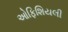
ઓફિશિયલી